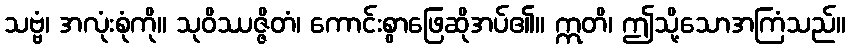
သဗ္ဗံ၊ အလုံးစုံကို။ သုဝိဿဇ္ဇိတံ၊ ကောင်းစွာဖြေဆိုအပ်၏။ ဣတိ၊ ဤသို့သောအကြံသည်။